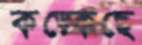
কড়্‌কেছে